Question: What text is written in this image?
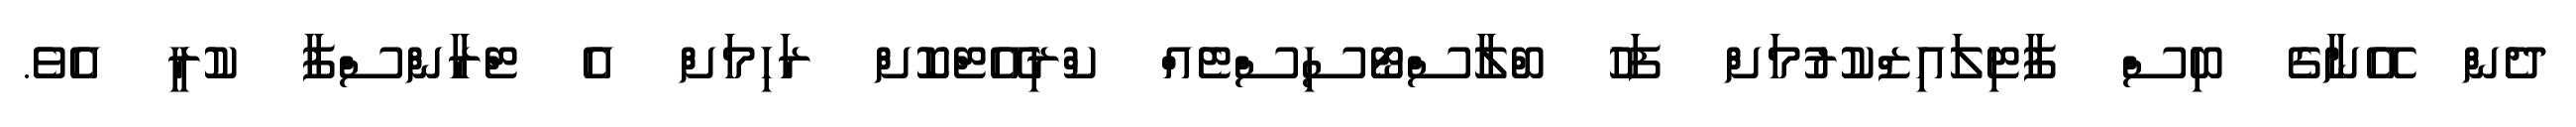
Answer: ދެން އޭނާގެ ބިސް ފާޓިލައިޒްކުރުމަށް ފަހު ބްލާސްޓޯސިސްޓެއް ކްރިއޭޓްކޮށް ރަހިމަށް އެ ޓްރާންސްފާ ކުރީ އެވެ.